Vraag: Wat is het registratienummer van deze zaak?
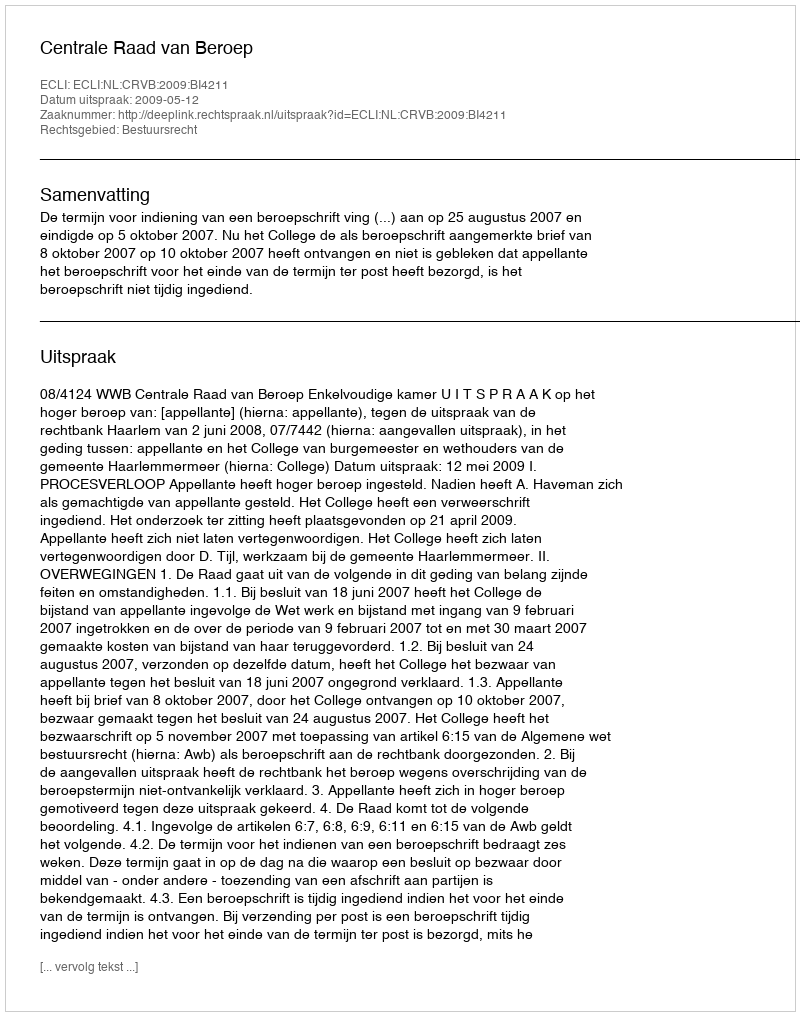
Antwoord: http://deeplink.rechtspraak.nl/uitspraak?id=ECLI:NL:CRVB:2009:BI4211